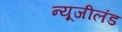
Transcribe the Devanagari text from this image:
न्यूजीलंड